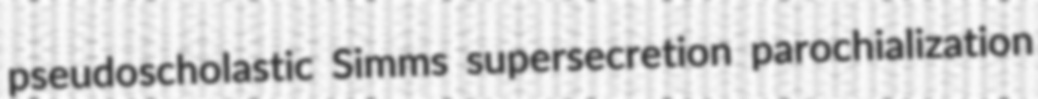
pseudoscholastic Simms supersecretion parochialization